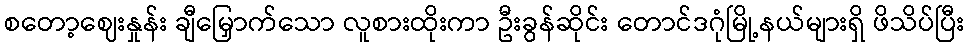
စတော့ဈေးနှုန်း ချီမြှောက်သော လူစားထိုးကာ ဦးခွန်ဆိုင်း တောင်ဒဂုံမြို့နယ်များရှိ ဖိသိပ်ပြီး